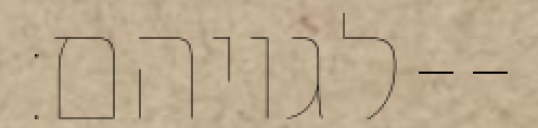
לגויהם׃--